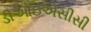
ડીઓઇએસીસી